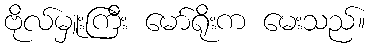
ဗိုလ်မှူးကြီး မော်ရိုးက မေးသည်။